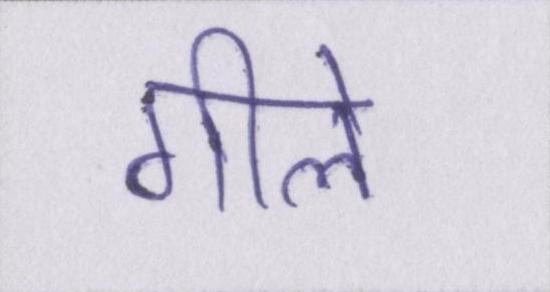
गीले